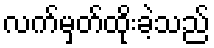
လက်မှတ်ထိုးခဲ့သည်